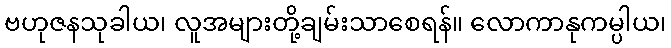
ဗဟုဇနသုခါယ၊ လူအများတို့ချမ်းသာစေရန်။ လောကာနုကမ္ပါယ၊